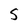
Character: S